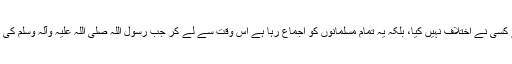
اور یہ بات بالکل معلوم ہے جس سے کسی نے اختلاف نہيں کیا، بلکہ یہ تمام مسلمانوں کو اجماع رہا ہے اس وقت سے لے کر جب رسول اللہ صلی اللہ علیہ وآلہ وسلم کی روح قبض کرلی گئی اس غایت تک)۔